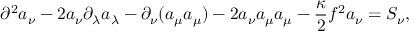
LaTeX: \partial ^ { 2 } a _ { \nu } - 2 a _ { \nu } \partial _ { \lambda } a _ { \lambda } - \partial _ { \nu } ( a _ { \mu } a _ { \mu } ) - 2 a _ { \nu } a _ { \mu } a _ { \mu } - \frac { \kappa } { 2 } f ^ { 2 } a _ { \nu } = S _ { \nu } ,